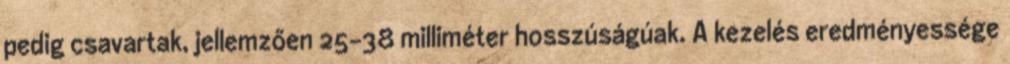
pedig csavartak, jellemzően 25-38 milliméter hosszúságúak. A kezelés eredményessége